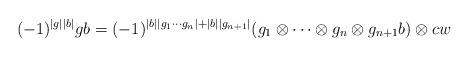
LaTeX: \begin{align*}(-1)^{|g||b|} gb = (-1)^{|b||g_1 \cdots g_n| + |b||g_{n+1}|} (g_1 \otimes \cdots \otimes g_n \otimes g_{n+1}b) \otimes cw\end{align*}